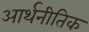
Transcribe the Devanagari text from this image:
आर्थनीतिक